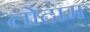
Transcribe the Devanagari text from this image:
लोदाम